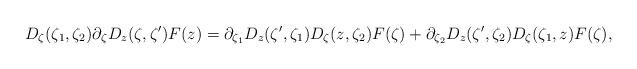
LaTeX: \begin{align*}D_\zeta(\zeta_1,\zeta_2) \partial_\zeta D_z(\zeta,\zeta') F(z) =\partial_{\zeta_1} D_z(\zeta',\zeta_1) D_\zeta (z,\zeta_2) F(\zeta)+ \partial_{\zeta_2} D_z(\zeta',\zeta_2) D_\zeta (\zeta_1, z) F(\zeta),\end{align*}